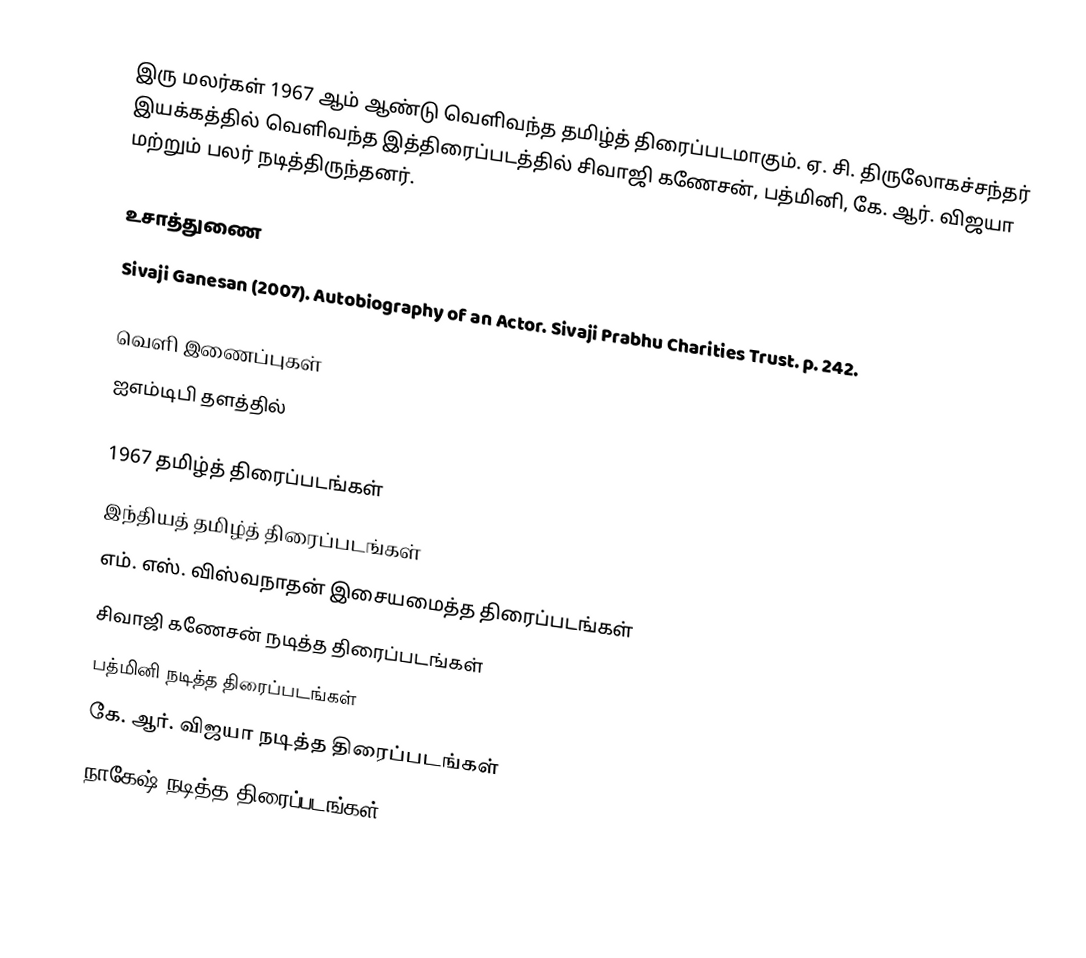
இரு மலர்கள் 1967 ஆம் ஆண்டு வெளிவந்த தமிழ்த் திரைப்படமாகும். ஏ. சி. திருலோகச்சந்தர் இயக்கத்தில் வெளிவந்த இத்திரைப்படத்தில் சிவாஜி கணேசன், பத்மினி, கே. ஆர். விஜயா மற்றும் பலர் நடித்திருந்தனர்.

உசாத்துணை
 Sivaji Ganesan (2007). Autobiography of an Actor. Sivaji Prabhu Charities Trust. p. 242.

வெளி இணைப்புகள்
 ஐஎம்டிபி தளத்தில்

1967 தமிழ்த் திரைப்படங்கள்
இந்தியத் தமிழ்த் திரைப்படங்கள்
எம். எஸ். விஸ்வநாதன் இசையமைத்த திரைப்படங்கள்
சிவாஜி கணேசன் நடித்த திரைப்படங்கள்
பத்மினி நடித்த திரைப்படங்கள்
கே. ஆர். விஜயா நடித்த திரைப்படங்கள்
நாகேஷ் நடித்த திரைப்படங்கள்